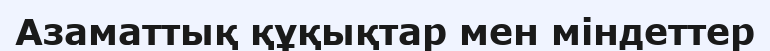
Азаматтық құқықтар мен міндеттер